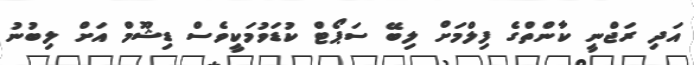
އަދި ރަޖްނީ ކާންތްގެ ފިލްމަށް ލިބޭ ސަޕޯޓް ކުޑަވުމަކީވެސް ޑިޝޫމް އަށް ލިބުނު